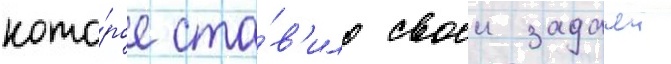
кото́рое ста́в'ило своеи задачеи